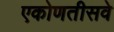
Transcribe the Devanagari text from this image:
एकोणतीसवे